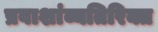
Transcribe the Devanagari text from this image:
प्रवाशांव्यतिरिक्त